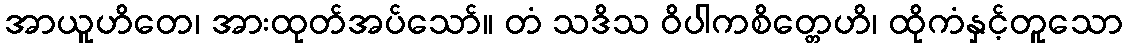
အာယူဟိတေ၊ အားထုတ်အပ်သော်။ တံ သဒိသ ဝိပါကစိတ္တေဟိ၊ ထိုကံနှင့်တူသော